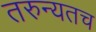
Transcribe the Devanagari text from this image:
तरुन्यतच